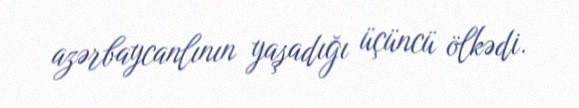
azərbaycanlının yaşadığı üçüncü ölkədi.